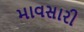
માવસારી